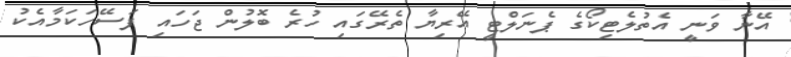
އޭނާ ވަނީ އެތުލެޓިކޯގެ ޕެނަލްޓީ އޭރިޔާ ތެރޭގައި ހުރެ ބޮލުން ޖަހައި ފަސޭހަކަމާއެކު